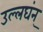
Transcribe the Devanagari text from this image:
उल्लघंन्